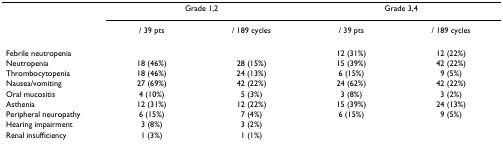
|  | <COLSPAN=2> Grade 1,2 | <COLSPAN=2> Grade 3,4 |
 |  | / 39 pts | / 189 cycles | / 39 pts | / 189 cycles |
 | --- | --- | --- | --- | --- |
 | Febrile neutropenia |  |  | 12 (31%) | 12 (22%) |
 | Neutropenia | 18 (46%) | 28 (15%) | 15 (39%) | 42 (22%) |
 | Thrombocytopenia | 18 (46%) | 24 (13%) | 6 (15%) | 9 (5%) |
 | Nausea/vomiting | 27 (69%) | 42 (22%) | 24 (62%) | 42 (22%) |
 | Oral mucositis | 4 (10%) | 5 (3%) | 3 (8%) | 3 (2%) |
 | Asthenia | 12 (31%) | 12 (22%) | 15 (39%) | 24 (13%) |
 | Peripheral neuropathy | 6 (15%) | 7 (4%) | 6 (15%) | 9 (5%) |
 | Hearing impairment | 3 (8%) | 3 (2%) |  |  |
 | Renal insufficiency | 1 (3%) | 1 (1%) |  |  |